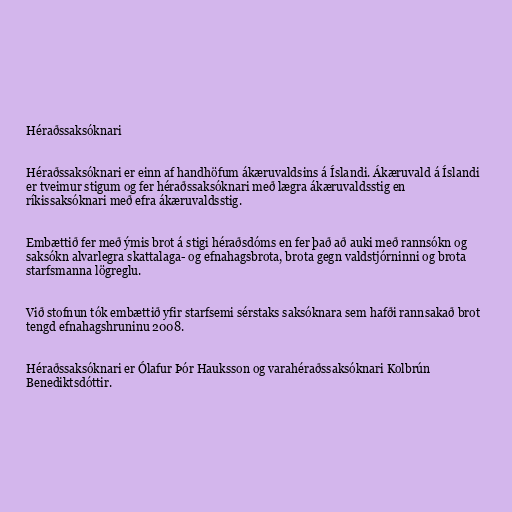
Héraðssaksóknari

Héraðssaksóknari er einn af handhöfum ákæruvaldsins á Íslandi. Ákæruvald á Íslandi
er tveimur stigum og fer héraðssaksóknari með lægra ákæruvaldsstig en
ríkissaksóknari með efra ákæruvaldsstig.

Embættið fer með ýmis brot á stigi héraðsdóms en fer það að auki með rannsókn og
saksókn alvarlegra skattalaga- og efnahagsbrota, brota gegn valdstjórninni og brota
starfsmanna lögreglu.

Við stofnun tók embættið yfir starfsemi sérstaks saksóknara sem hafði rannsakað brot
tengd efnahagshruninu 2008.

Héraðssaksóknari er Ólafur Þór Hauksson og varahéraðssaksóknari Kolbrún
Benediktsdóttir.